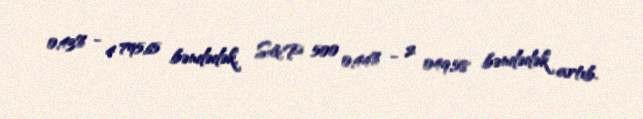
0,43% - 4 795,65 bəndədək, S&P 500 0,44% - 2 049,58 bəndədək artıb.